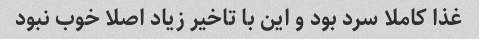
غذا کاملا سرد بود و این با تاخیر زیاد اصلا خوب نبود